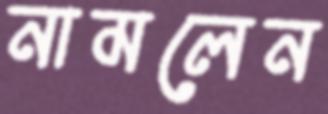
নামলেন